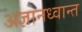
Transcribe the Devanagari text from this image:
अज्ञानध्वान्त